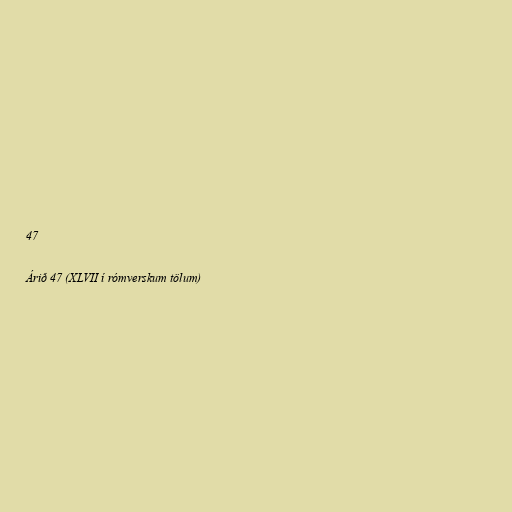
47

Árið 47 (XLVII í rómverskum tölum)